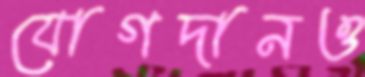
যোগদানও